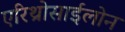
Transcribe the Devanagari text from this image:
एरिथ्रोसाईलोन